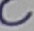
Text: C